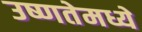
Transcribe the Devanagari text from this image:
उष्णतेमध्ये